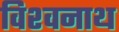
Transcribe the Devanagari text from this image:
विश्‍वनाथ्‍ा